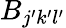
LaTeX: B_{j^{\prime}k^{\prime}l^{\prime}}